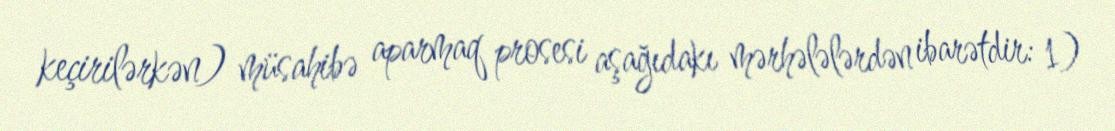
keçirilərkən) müsahibə aparmaq prosesi aşağıdakı mərhələlərdən ibarətdir: 1)